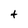
Character: t